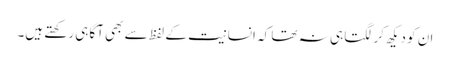
ان کو دیکھ کر لگتا ہی نہ تھا کہ انسانیت کے لفظ سے بھی آگاہی رکھتے ہیں۔